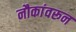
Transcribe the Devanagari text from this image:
नौकांवरून